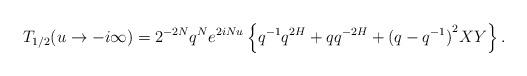
LaTeX: \begin{align*}T_{1/2}(u \rightarrow -i \infty) = 2^{-2N} q^{N} e^{2iNu} \left\{q^{-1}q^{2H}+q q^{-2H}+ {(q-q^{-1})}^2 X Y \right\}.\end{align*}